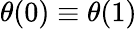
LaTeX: \theta(0)\equiv\theta(1)